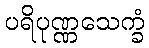
ပရိပုဏ္ဏသေက္ခံ